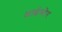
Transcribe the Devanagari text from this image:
आर्डमोर